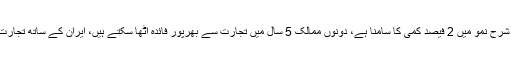
ان کا کہنا تھا کہ توانائی بحران کی وجہ سے سالانہ شرح نمو میں 2 فیصد کمی کا سامنا ہے، دونوں ممالک 5 سال میں تجارت سے بھرپور فائدہ اٹھا سکتے ہیں، ایران کے ساتھ تجارت کے حجم کو 5 ارب ڈالر تک پہنچانے کا ہدف ہے۔